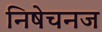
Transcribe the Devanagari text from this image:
निषेचनज